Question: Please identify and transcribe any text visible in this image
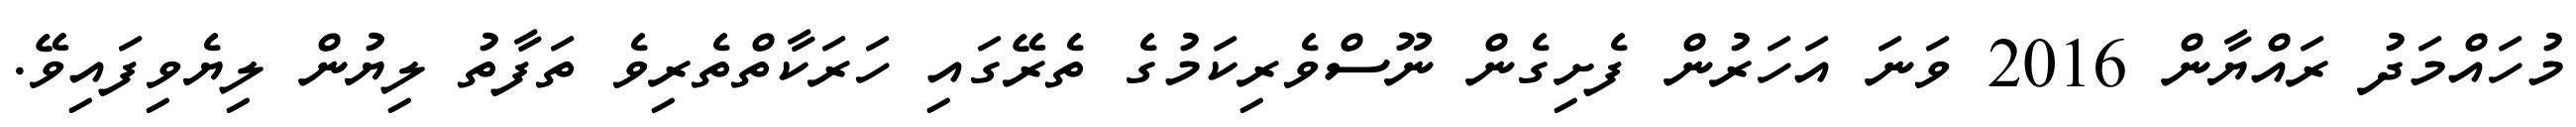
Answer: މުހައްމަދު ރައްޔާން 2016 ވަނަ އަހަރުން ފެށިގެން ނޫސްވެރިކަމުގެ ތެރޭގައި ހަރަކާތްތެރިވެ ތަފާތު ލިޔުން ލިޔެވިފައިވޭ.